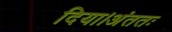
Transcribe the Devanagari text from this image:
दिया।अंततः